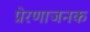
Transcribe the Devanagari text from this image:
प्रेरणाजनक